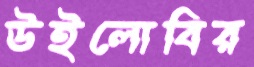
উইলোবির